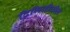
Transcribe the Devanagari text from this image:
द्विमितीतील